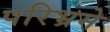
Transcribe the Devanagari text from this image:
परिभ्रमे